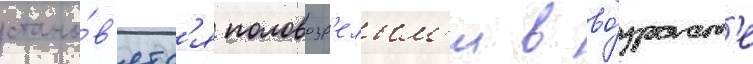
стано́в'ятс'я половозр'елым'и в во́зраст'е